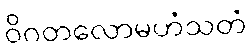
ဝိဂတလောမဟံသတံ